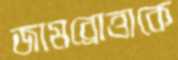
জামব্রোত্তাকে